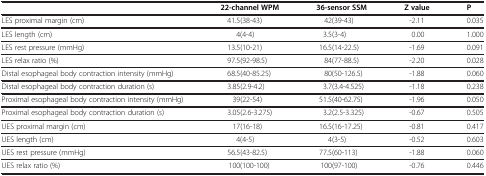
|  | 22-channel WPM | 36-sensor SSM | Z value | P |
 | --- | --- | --- | --- | --- |
 | LES proximal margin (cm) | 41.5(38-43) | 42(39-43) | -2.11 | 0.035 |
 | LES length (cm) | 4(4-4) | 3.5(3-4) | 0.00 | 1.000 |
 | LES rest pressure (mmHg) | 13.5(10-21) | 16.5(14-22.5) | -1.69 | 0.091 |
 | LES relax ratio (%) | 97.5(92-98.5) | 84(77-88.5) | -2.20 | 0.028 |
 | Distal esophageal body contraction intensity (mmHg) | 68.5(40-85.25) | 80(50-126.5) | -1.88 | 0.060 |
 | Distal esophageal body contraction duration (s) | 3.85(2.9-4.2) | 3.7(3.4-4.525) | -1.18 | 0.238 |
 | Proximal esophageal body contraction intensity (mmHg) | 39(22-54) | 51.5(40-62.75) | -1.96 | 0.050 |
 | Proximal esophageal body contraction duration (s) | 3.05(2.6-3.275) | 3.2(2.5-3.325) | -0.67 | 0.505 |
 | UES proximal margin (cm) | 17(16-18) | 16.5(16-17.25) | -0.81 | 0.417 |
 | UES length (cm) | 4(4-5) | 4(3-5) | -0.52 | 0.603 |
 | UES rest pressure (mmHg) | 56.5(43-82.5) | 77.5(60-113) | -1.88 | 0.060 |
 | UES relax ratio (%) | 100(100-100) | 100(97-100) | -0.76 | 0.446 |